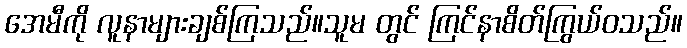
အေမီကို လူနာများချစ်ကြသည်။သူမ တွင် ကြင်နာစိတ်ကြွယ်ဝသည်။